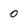
Character: 0